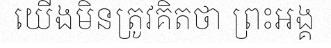
យើងមិនត្រូវគិតថា ព្រះអង្គ